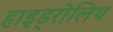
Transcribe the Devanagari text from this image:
हाइड्रोलिथ